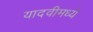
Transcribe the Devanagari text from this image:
यादवीमध्ये